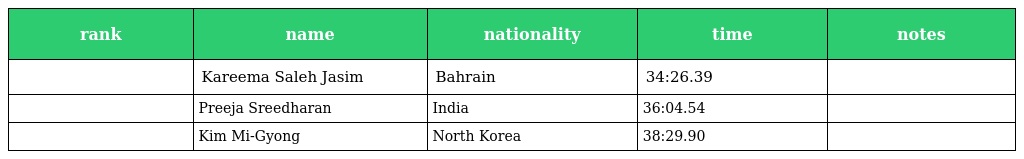
| rank | name | nationality | time | notes |
 | --- | --- | --- | --- | --- |
 |  | Kareema Saleh Jasim | Bahrain | 34:26.39 |  |
 |  | Preeja Sreedharan | India | 36:04.54 |  |
 |  | Kim Mi-Gyong | North Korea | 38:29.90 |  |